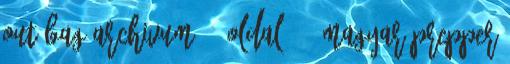
Out Bag Archivum - Oldal 2 - Magyar Prepper